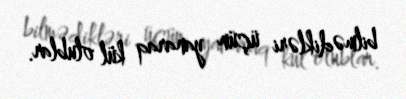
bilmədikləri üçün yanaraq kül olublar.